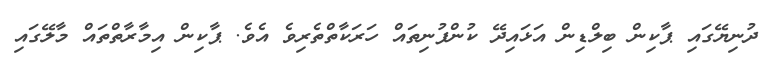
ދުނިޔޭގައި ޕާކިން ބިލްޑިން އަޅައިދޭ ކުންފުނިތައް ހަރަކާތްތެރިވެ އެވެ. ޕާކިން އިމާރާތްތައް މާލޭގައި